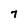
Character: 7